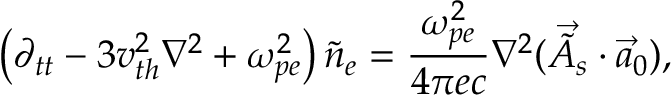
\left( \partial _ { t t } - 3 v _ { t h } ^ { 2 } \nabla ^ { 2 } + \omega _ { p e } ^ { 2 } \right) \tilde { n } _ { e } = \frac { \omega _ { p e } ^ { 2 } } { 4 \pi e c } \nabla ^ { 2 } ( \vec { \tilde { A } } _ { s } \cdot \vec { a } _ { 0 } ) ,